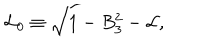
{ \cal L } _ { 0 } \equiv \sqrt { 1 - B _ { 3 } ^ { 2 } } - { \cal L } ,